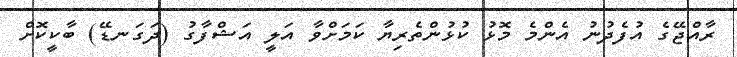
ރާއްޖޭގެ އުފެދުނު އެންމެ މޮޅު ކުޅުންތެރިޔާ ކަމަށްވާ އަލީ އަޝްފާގު (ދަގަނޑޭ) ބާކީކޮށް